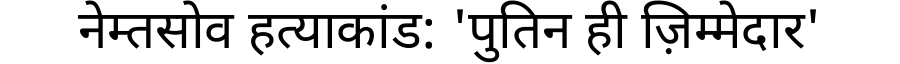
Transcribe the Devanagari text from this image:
नेम्तसोव हत्याकांड: 'पुतिन ही ज़िम्मेदार'